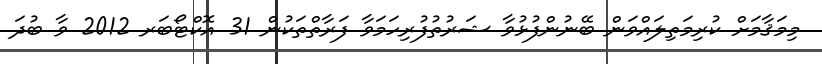
މިމަޤާމަށް ކުރިމަތިލައްވަން ބޭނުންފުޅުވާ ޝަރުތުފުރިހަމަވާ ފަރާތްތަކުން 31 އޮކްޓޯބަރ 2012 ވާ ބުދަ